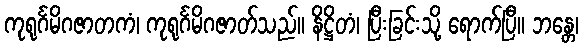
ကုရုင်္ဂမိဂဇာတကံ၊ ကုရုင်္ဂမိဂဇာတ်သည်။ နိဋ္ဌိတံ၊ ပြီးခြင်းသို့ ရောက်ပြီ။ ဘန္တေ၊